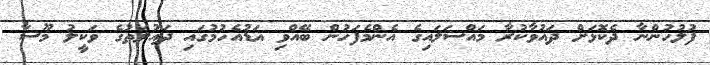
ފުލުހުންނާ ދެކޮޅަށް ދައުވާކުރާ މައްސަލައިގެ އެންމެފަހުން ބޭއްވި އަޑުއެހުމުގައި ދައުލަތުގެ ވަކީލު މޫސާ